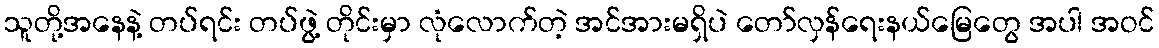
သူတို့အနေနဲ့ တပ်ရင်း တပ်ဖွဲ့ တိုင်းမှာ လုံလောက်တဲ့ အင်အားမရှိပဲ တော်လှန်ရေးနယ်မြေတွေ အပါ အဝင်